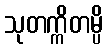
သုတက္ကိတမ္ပိ